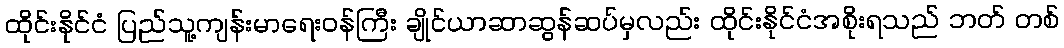
ထိုင်းနိုင်ငံ ပြည်သူ့ကျန်းမာရေးဝန်ကြီး ချိုင်ယာဆာဆွန်ဆပ်မှလည်း ထိုင်းနိုင်ငံအစိုးရသည် ဘတ် တစ်